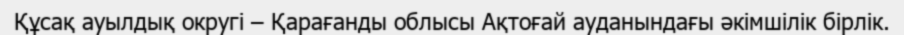
Құсақ ауылдық округі – Қарағанды облысы Ақтоғай ауданындағы әкімшілік бірлік.